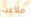
ملاعب